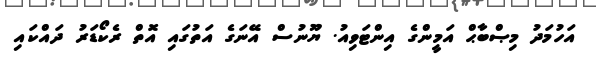
އަހުމަދު މިޞްބާޙް އަމީންގެ އިންޓަވިއު. ޔޫނުސް އޭނަގެ އަތުގައި އޮތް ރެކޯޑަރު ދައްކައި